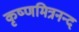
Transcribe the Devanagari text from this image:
कृष्णमित्रनन्द